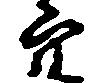
穴